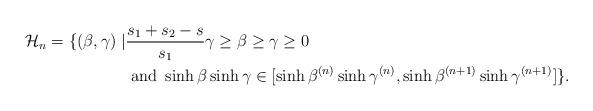
LaTeX: \begin{align*} \mathcal{H}_{n}= \{ (\beta,\gamma) \mid &\frac{s_1+s_2-s}{s_1}\gamma \geq \beta \geq \gamma \geq 0 \\ &\textrm{ and } \sinh\beta\sinh \gamma \in [\sinh\beta^{(n)}\sinh\gamma^{(n)},\sinh\beta^{(n+1)}\sinh\gamma^{(n+1)}]\}.\end{align*}